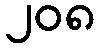
၂၀၈